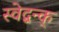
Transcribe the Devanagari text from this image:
स्वेद्बन्क्